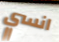
انسي